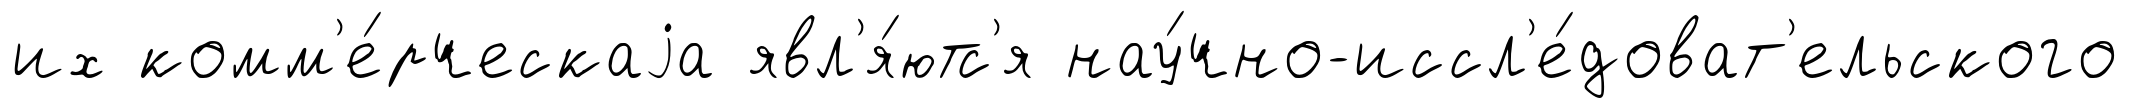
их комм'е́рческаjа явл'я́ютс'я нау́чно-иссл'е́доват'ельского